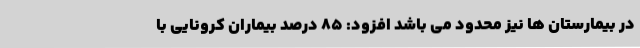
در بیمارستان ها نیز محدود می باشد افزود: 85 درصد بیماران کرونایی با